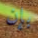
بإن